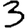
Digit: 3